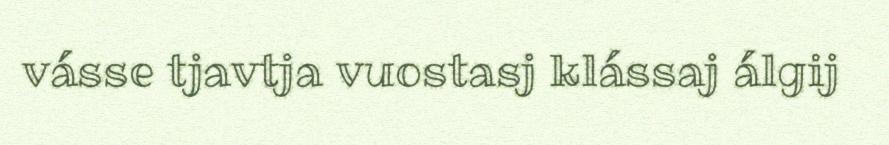
vásse tjavtja vuostasj klássaj álgij